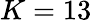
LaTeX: K=13